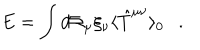
E = \int d \Sigma _ { \mu } \xi _ { \nu } \langle \hat { T } ^ { \mu \nu } \rangle _ { 0 } .